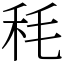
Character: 秏